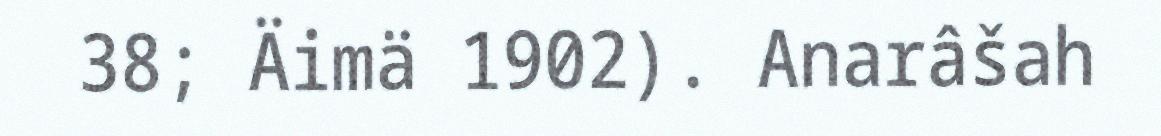
38; Äimä 1902). Anarâšah